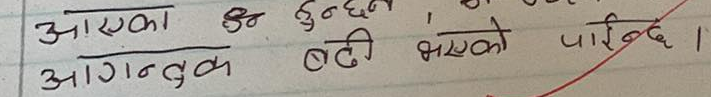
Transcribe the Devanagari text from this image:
आएका आगन्तुक हरु हुन्दैन, बढी भएको पाइदैन ।